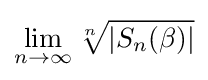
\lim _{n\to \infty }{\sqrt[{n}]{|S_{n}(\beta )|}}